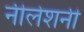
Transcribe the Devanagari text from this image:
नीलेशनी